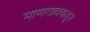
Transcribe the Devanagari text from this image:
माणगावकडून